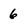
Character: 6